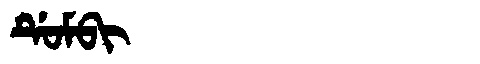
Manchu: ᡩᡠᠮᠪᡳ
Romanization: DUMBI